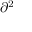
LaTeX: { \partial } ^ { 2 }